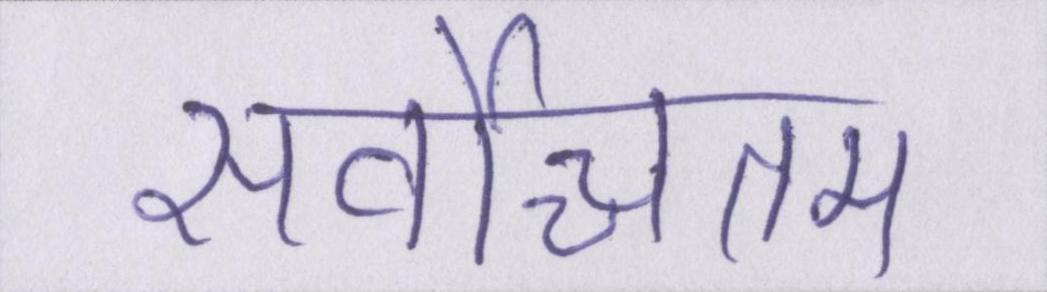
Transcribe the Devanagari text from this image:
सर्वोच्चतम